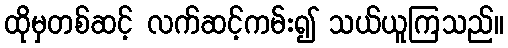
ထိုမှတစ်ဆင့် လက်ဆင့်ကမ်း၍ သယ်ယူကြသည်။